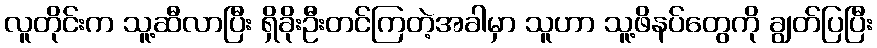
လူတိုင်းက သူ့ဆီလာပြီး ရှိခိုးဦးတင်ကြတဲ့အခါမှာ သူဟာ သူ့ဖိနပ်တွေကို ချွတ်ပြပြီး